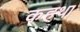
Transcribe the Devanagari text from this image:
कहथा